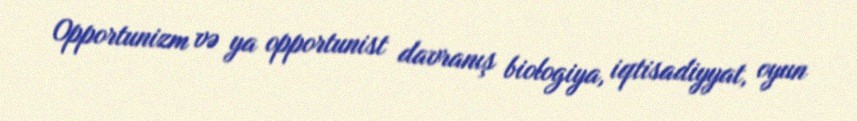
Opportunizm və ya opportunist davranış biologiya, iqtisadiyyat, oyun